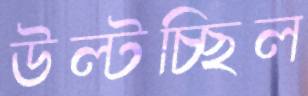
উল্‌টচ্ছিল